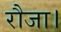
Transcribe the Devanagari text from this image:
रौजा।